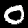
Label: 0